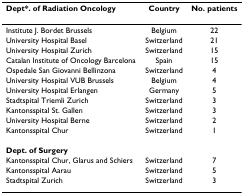
<table><thead><tr><td><b>Dept*. of Radiation Oncology</b></td><td><b>Country</b></td><td><b>No. patients</b></td></tr></thead><tbody><tr><td>Institute J. Bordet Brussels</td><td>Belgium</td><td>22</td></tr><tr><td>University Hospital Basel</td><td>Switzerland</td><td>21</td></tr><tr><td>University Hospital Zurich</td><td>Switzerland</td><td>15</td></tr><tr><td>Catalan Institute of Oncology Barcelona</td><td>Spain</td><td>15</td></tr><tr><td>Ospedale San Giovanni Bellinzona</td><td>Switzerland</td><td>4</td></tr><tr><td>University Hospital VUB Brussels</td><td>Belgium</td><td>4</td></tr><tr><td>University Hospital Erlangen</td><td>Germany</td><td>5</td></tr><tr><td>Stadtspital Triemli Zurich</td><td>Switzerland</td><td>3</td></tr><tr><td>Kantonsspital St. Gallen</td><td>Switzerland</td><td>3</td></tr><tr><td>University Hospital Berne</td><td>Switzerland</td><td>2</td></tr><tr><td>Kantonsspital Chur</td><td>Switzerland</td><td>1</td></tr><tr><td><b>Dept. of Surgery</b></td><td></td><td></td></tr><tr><td>Kantonsspital Chur, Glarus and Schiers</td><td>Switzerland</td><td>7</td></tr><tr><td>Kantonsspital Aarau</td><td>Switzerland</td><td>5</td></tr><tr><td>Stadtspital Zurich</td><td>Switzerland</td><td>3</td></tr></tbody></table>